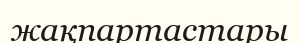
жақпартастары